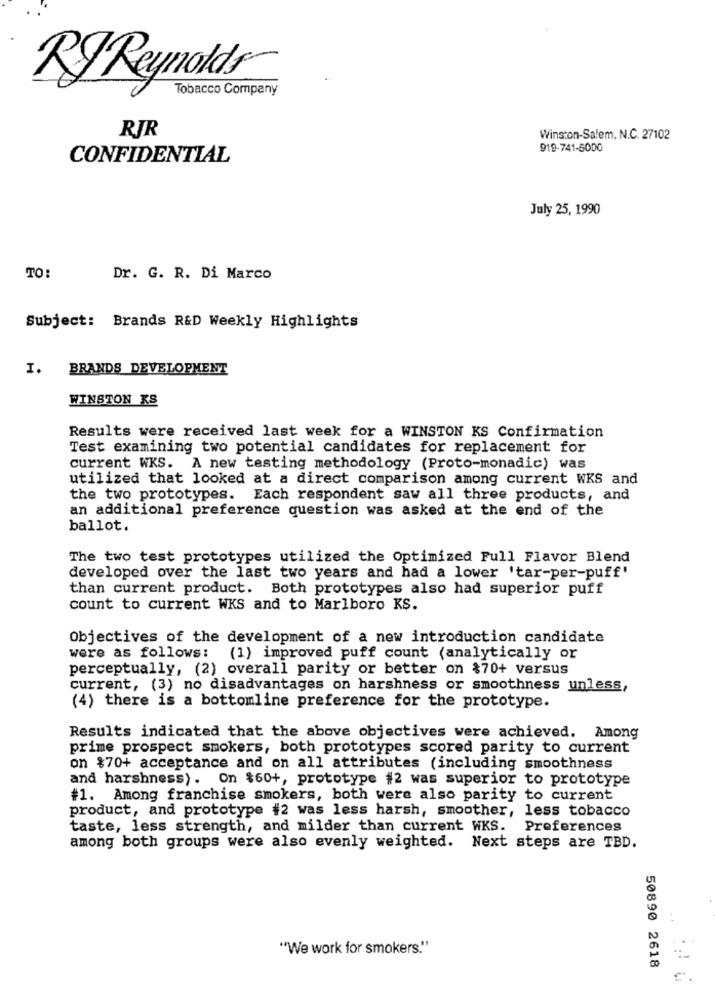
RJ Reynolds
Tobacco Company
RJR
Winston-Salem, N.C. 27102
919-741-5000
CONFIDENTIAL
July 25, 1990
TO:
Dr. G. R. Di Marco
Subject: Brands R&D Weekly Highlights
I. BRANDS DEVELOPMENT
WINSTON KS
Results were received last week for a WINSTON KS Confirmation
Test examining two potential candidates for replacement for
current WKS. A new testing methodology (Proto-monadic) was
utilized that looked at a direct comparison among current WKS and
the two prototypes. Each respondent saw all three products, and
an additional preference question was asked at the end of the
ballot.
The two test prototypes utilized the Optimized Full Flavor Blend
developed over the last two years and had a lower 'tar-per-puff'
than current product. Both prototypes also had superior puff
count to current WKS and to Marlboro KS.
Objectives of the development of a new introduction candidate
were as follows: (1) improved puff count (analytically or
perceptually, (2) overall parity or better on $70+ versus
current, (3) no disadvantages on harshness or smoothness unless,
(4) there is a bottomline preference for the prototype.
Results indicated that the above objectives were achieved. Among
prime prospect smokers, both prototypes scored parity to current
on $70+ acceptance and on all attributes (including smoothness
and harshness). On $60+, prototype #2 was superior to prototype
#1. Among franchise smokers, both were also parity to current
product, and prototype #2 was less harsh, smoother, less tobacco
taste, less strength, and milder than current WKS.
Preferences
among both groups were also evenly weighted. Next steps are TBD.
"We work for smokers."
50890 2618